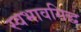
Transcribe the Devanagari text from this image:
स्वभावसिद्ध